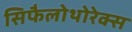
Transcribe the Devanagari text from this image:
सिफैलोथोरेक्स